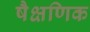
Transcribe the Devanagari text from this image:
षैक्षणिक